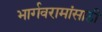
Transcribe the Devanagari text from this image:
भार्गवरामांसाठी